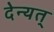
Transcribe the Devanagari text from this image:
देन्यत्